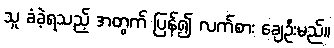
သူ ခံခဲ့ရသည့် အတွက် ပြန်၍ လက်စား ချေဦးမည်။